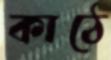
কাঠে